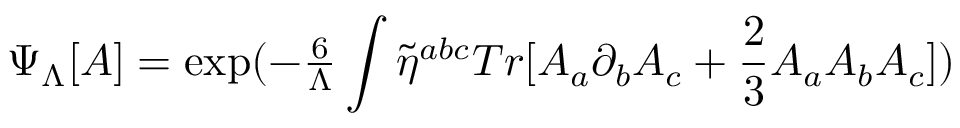
\Psi _ { \Lambda } [ A ] = \mathrm { e x p } ( - { \textstyle { \frac { 6 } { \Lambda } } } \int \tilde { \eta } ^ { a b c } T r [ A _ { a } \partial _ { b } A _ { c } + { \frac { \textstyle 2 } { 3 } } A _ { a } A _ { b } A _ { c } ] )